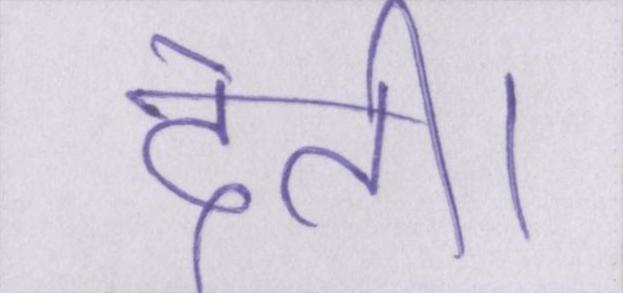
देती।